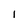
Character: 1